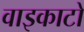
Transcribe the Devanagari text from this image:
वाइकाटो